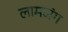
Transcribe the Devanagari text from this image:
लामजंग